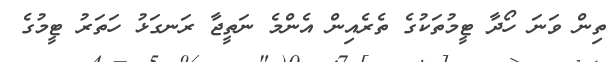
ތިން ވަނަ ހޯދާ ޓީމުތަކުގެ ތެރެއިން އެންމެ ނަތީޖާ ރަނގަޅު ހަތަރު ޓީމުގެ